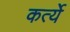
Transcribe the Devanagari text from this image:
कर्त्ये